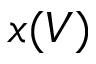
x ( V )